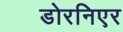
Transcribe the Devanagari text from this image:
डोरनिएर